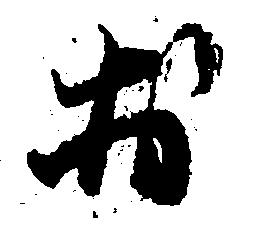
於